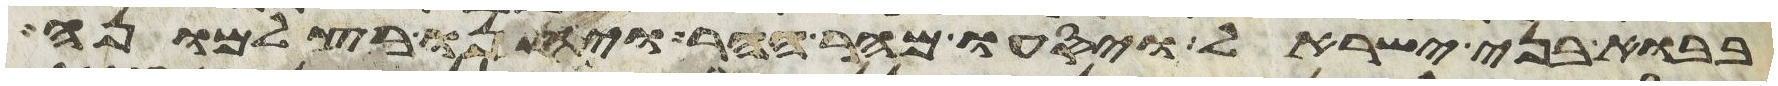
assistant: בבוא בני ישראל ויסעו מהר ההר ויחנו בצלמונה